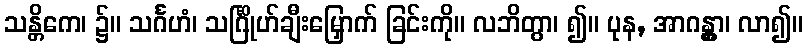
သန္တိကေ၊ ၌။ သင်္ဂဟံ၊ သင်္ဂြိုဟ်ချီးမြှောက် ခြင်းကို။ လဘိတွာ၊ ၍။ ပုန, အာဂန္တွာ၊ လာ၍။